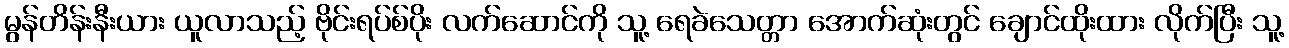
မွန်တိန်းနီးယား ယူလာသည့် ဗိုင်းရပ်စ်ပိုး လက်ဆောင်ကို သူ့ ရေခဲသေတ္တာ အောက်ဆုံးတွင် ချောင်ထိုးထား လိုက်ပြီး သူ့